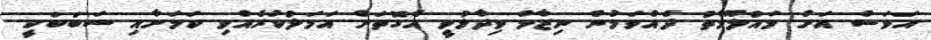
އަވަސް އަށް މައުލޫމާތު ދެއްވަމުން ނިޒާމް ވިދާޅުވީ އެގޮތަށް އަމަލުކުރެއްވި ކަމަށާއި ސަބަބަކީ